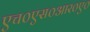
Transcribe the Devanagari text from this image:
एच०एस०आर०ए०